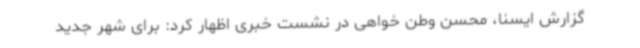
گزارش ایسنا، محسن وطن خواهی در نشست خبری اظهار کرد: برای شهر جدید